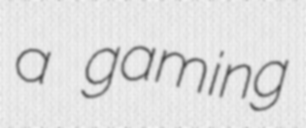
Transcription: a gaming